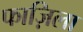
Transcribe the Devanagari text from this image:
फाज़िला